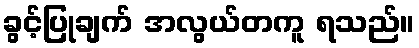
ခွင့်ပြုချက် အလွယ်တကူ ရသည်။